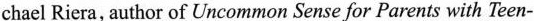
chael Riera, author of Uncommon Sense for Parents with Teen-